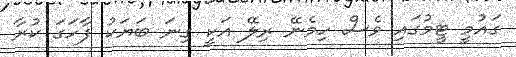
ގައުމީ ޓީމުގައި ވެސް ހިމެނޭ ރިލޭ އަކީ ގިނަ ބަޔަކު ފާހަގަ ކުރާ